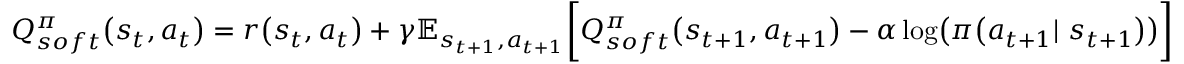
\begin{array} { r } { Q _ { s o f t } ^ { \pi } \big ( s _ { t } , a _ { t } \big ) = r \big ( s _ { t } , a _ { t } \big ) + \gamma \mathbb { E } _ { s _ { t + 1 } , a _ { t + 1 } } \biggl [ Q _ { s o f t } ^ { \pi } \big ( s _ { t + 1 } , a _ { t + 1 } \big ) - \alpha \log \bigl ( \pi \big ( a _ { t + 1 } | \ s _ { t + 1 } \bigr ) \bigr ) \biggr ] } \end{array}